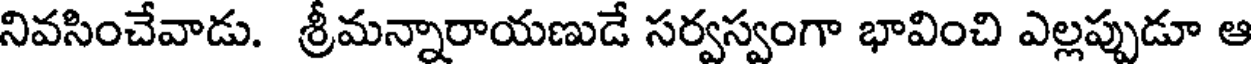
నివసించేవాడు. శ్రీమన్నారాయణుడే సర్వస్వంగా భావించి ఎల్లప్పుడూ ఆ